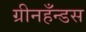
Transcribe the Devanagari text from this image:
ग्रीनहँन्डस